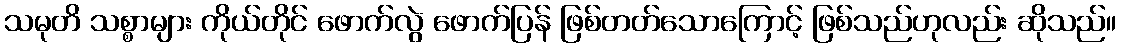
သမုတိ သစ္စာများ ကိုယ်တိုင် ဖောက်လွဲ ဖောက်ပြန် ဖြစ်တတ်သောကြောင့် ဖြစ်သည်ဟုလည်း ဆိုသည်။